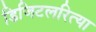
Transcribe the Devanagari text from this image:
डिजिटलरित्या